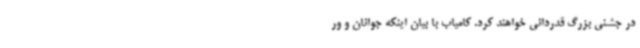
در جشنی بزرگ قدردانی خواهند کرد. کامیاب با بیان اینکه جوانان و ور